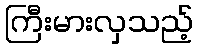
ကြီးမားလှသည့်